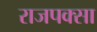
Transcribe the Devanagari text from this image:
राजपक्सा